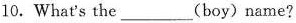
10.What's the___(boy)name?